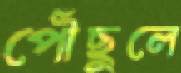
পৌঁছুলে